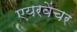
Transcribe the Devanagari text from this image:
एयरवेंचर